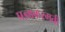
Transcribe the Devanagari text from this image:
प्रज्ञाकरमती